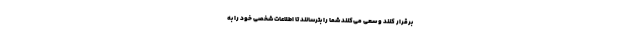
برقرار کنند و سعی می‌کنند شما را بترسانند تا اطلاعات شخصی خود را به